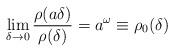
LaTeX: \begin{align*}\lim_{\delta \rightarrow 0} \frac{\rho (a\delta)}{\rho(\delta)}=a^\omega\equiv \rho_0(\delta) \end{align*}